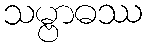
သမ္ဗာဓဿ